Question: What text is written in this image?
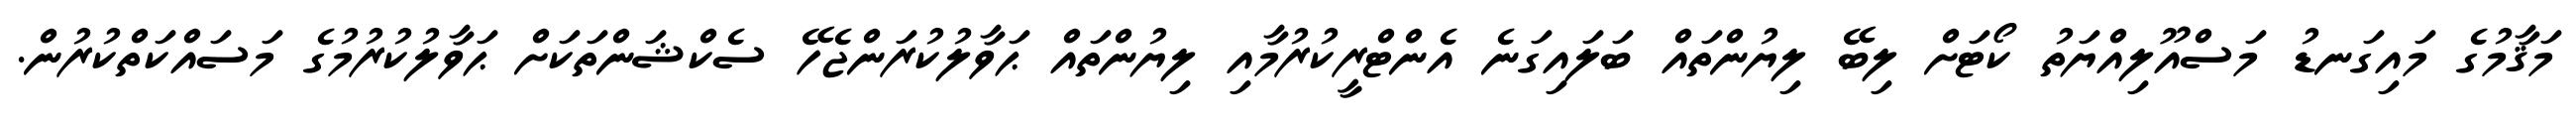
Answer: މަޤާމުގެ މައިގަނޑު މަސްއޫލިއްޔަތު ކޯޓަށް ލިބޭ ލިޔުންތައް ބަލައިގަނެ އެންޓްރީކުރުމާއި ލިޔުންތައް ޙަވާލުކުރަންޖެހޭ ސެކްޝަންތަކަށް ޙަވާލުކުރުމުގެ މަސައްކަތްކުރުން.